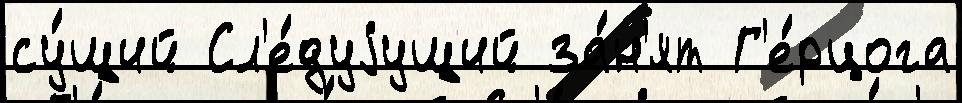
су́щий Сл'е́дуjущий за́н'ят Г'е́рцога